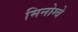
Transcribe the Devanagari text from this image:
मिनोग्वे